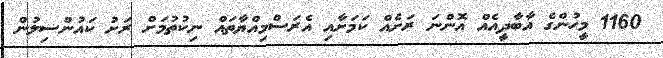
1160 މީހުންގެ އާބާދީއެއް އޮންނަ ރަށެއް ކަމަށާއި އެރަސްމިއްޔާތައް ނިކުތުމަށް ރަށު ކައުންސިލުން